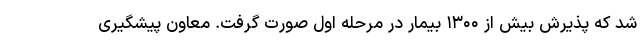
شد که پذیرش بیش از ۱۳۰۰ بیمار در مرحله اول صورت گرفت. معاون پیشگیری